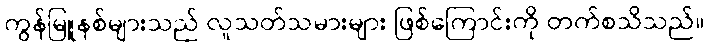
ကွန်မြူနစ်များသည် လူသတ်သမားများ ဖြစ်ကြောင်းကို တက်စသိသည်။